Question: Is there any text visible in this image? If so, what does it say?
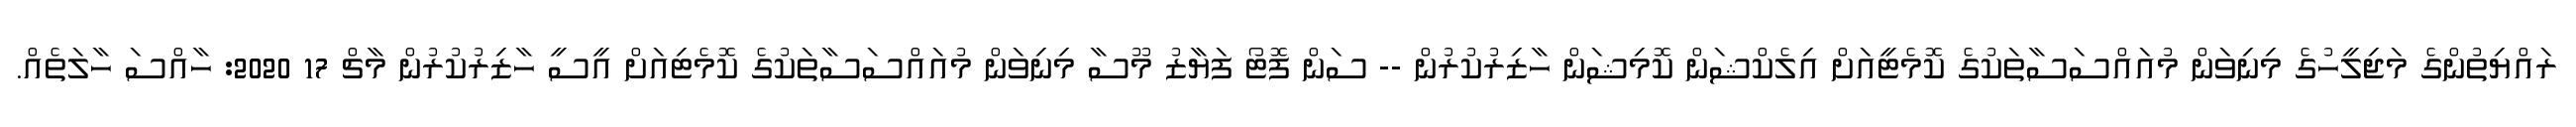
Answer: ރައްޔިތުންގެ މަޖިލީހުގެ މިނިވަން މުއައްސަސާތަކުގެ ކޮމެޓީއަށް އިލެކްޝަން ކޮމިޝަން ހާޒިރުކުރުން -- ސަން ފޮޓޯ ފަޔާޒު މޫސާ މިނިވަން މުއައްސަސާތަކުގެ ކޮމެޓިއަށް އީސީ ހާޒިރުކުރުން މާޗް 17 2020: ހާއްސަ ހާލަތެއް.